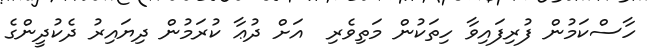
ހާސްކަމުން ފުރިފައިވާ ހިތަކުން މަތިވެރި  އަށް ދުޢާ ކުރަމުން ދިޔައިރު ދެކުދީންގެ